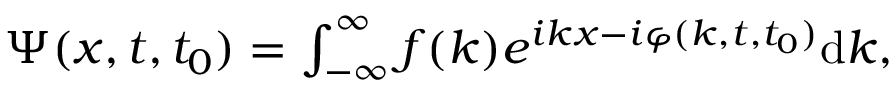
\begin{array} { r } { \Psi ( x , t , t _ { 0 } ) = \int _ { - \infty } ^ { \infty } f ( k ) e ^ { i k x - i \varphi ( k , t , t _ { 0 } ) } \mathrm { d } k , } \end{array}